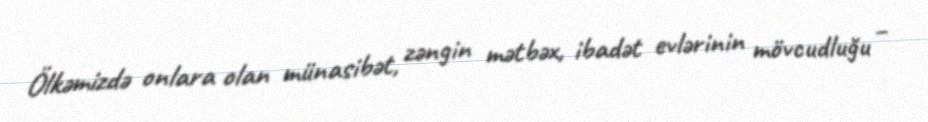
Ölkəmizdə onlara olan münasibət, zəngin mətbəx, ibadət evlərinin mövcudluğu –